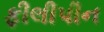
ફીલીપીન